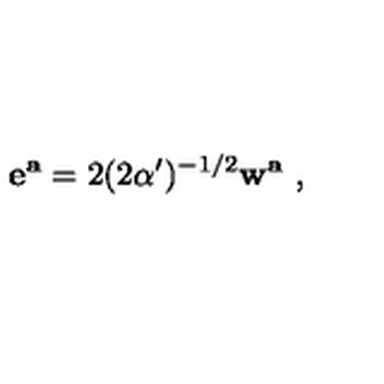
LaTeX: { \bf e ^ { a } } = 2 ( 2 \alpha ^ { \prime } ) ^ { - 1 / 2 } { \bf w ^ { a } } \ ,